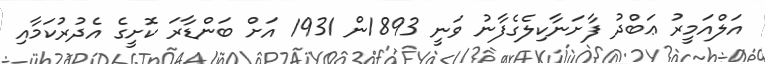
އަލްއަމީރު ޢަބްދު ފާށަނާކިލެގެފާނު ވަނީ 1893ން 1931 އަށް ބަންޑާރަ ކޮށީގެ އެދުރުކަމާއި